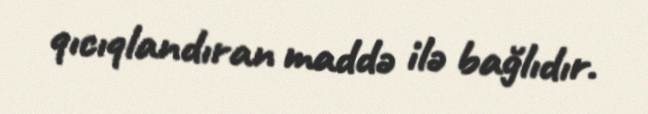
qıcıqlandıran maddə ilə bağlıdır.